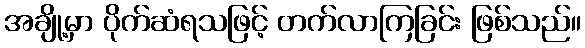
အချို့မှာ ပိုက်ဆံရသဖြင့် တက်လာကြခြင်း ဖြစ်သည်။